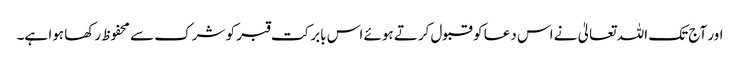
اور آج تک اللہ تعالیٰ نے اس دعا کو قبول کرتے ہوئے اس بابرکت قبر کو شرک سے محفوظ رکھا ہوا ہے۔